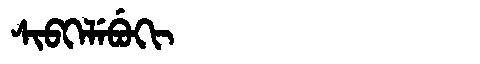
Manchu: ᠰᡳᠪᡴᡝᠯᡝᠪᡠᡴᡳ
Romanization: SIBKELEBUKI